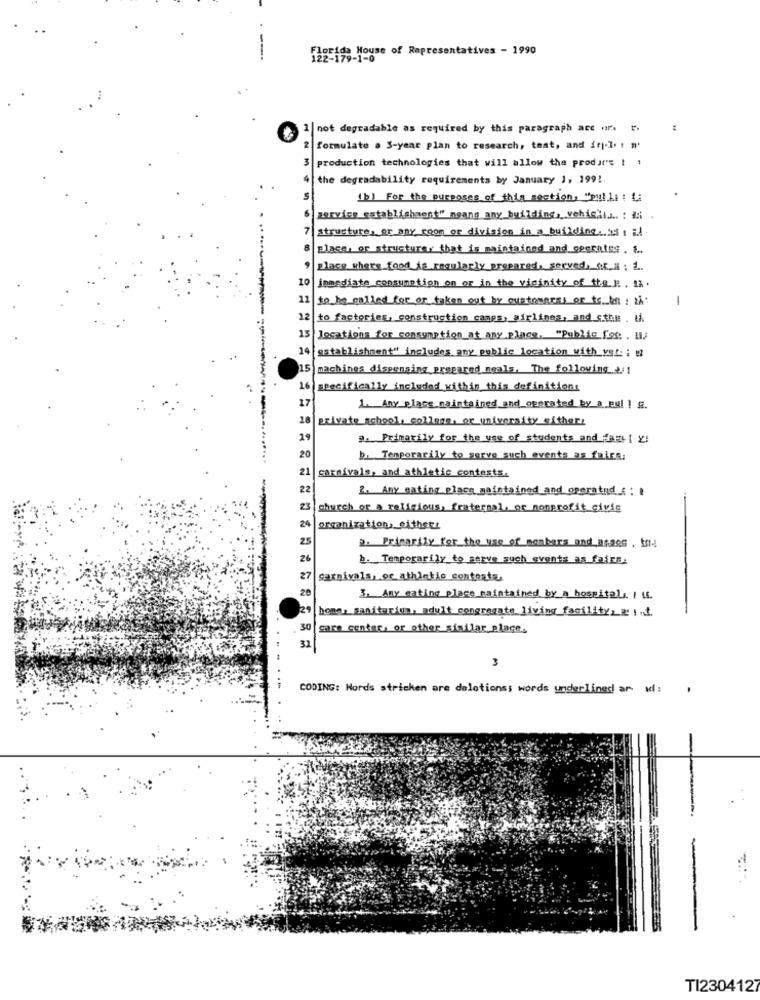
Florida House of Representatives - 1990
122-179-1-0
|not degradable as required by this paragraph acc . r.
formulate . S-year plan to research, test, and {r.l. ! n.
production technologies that will allow the produr's ! !
the degradability requirements by January 1, 199 !.
(b) For the purposes of this section, "pulls : :
zervice_establishment" noans any building, vehichis .. : i:
structure, or any room or division in a building. 24: il
place, or structure, that is maintained and operates. 1.
place where food is regularly prepared, served, S.r.N : 1 ..
10
immediate consumption on or in the vicinity of the 1. 12.
11
to be called for or taken out by customaces of to bn: 2h
-
12
Ha menono ·· ··
to factories, construction camps, airlines, and stil . ti
15
locations for consumption_at any place, "Public fee . 11/
14
establishment" includes any public location with_vat: :
machines dispensing prepared meals, The following_1
16 specifically included within this definitions
17
1. Any place maintained and_operated by a pul ] 5.
18
private school, college, or university ofthers
a. Primarily for the use of students and fase [ y]
20
b. Temporarily to serve such events as fairs;
carnivals, and athletic contests.
22
2. Any eating place maintained and operated : :
church of a religious, fraternal, or nonprofit civic
organization, eithers
2. Primarily for the use of members and praes.
1. Temporarily to serve such events as fairs.
27
carnivals, or athletio contoata,
20
3. Any cating place maintained by a hospital ,. I uf.
homes sanitarion, adult congregate living facility_ 2 1.4
30 care center, or other similar place.
3
CODING: Words stricken are deletionss words underlined ar ul :
TI2304127